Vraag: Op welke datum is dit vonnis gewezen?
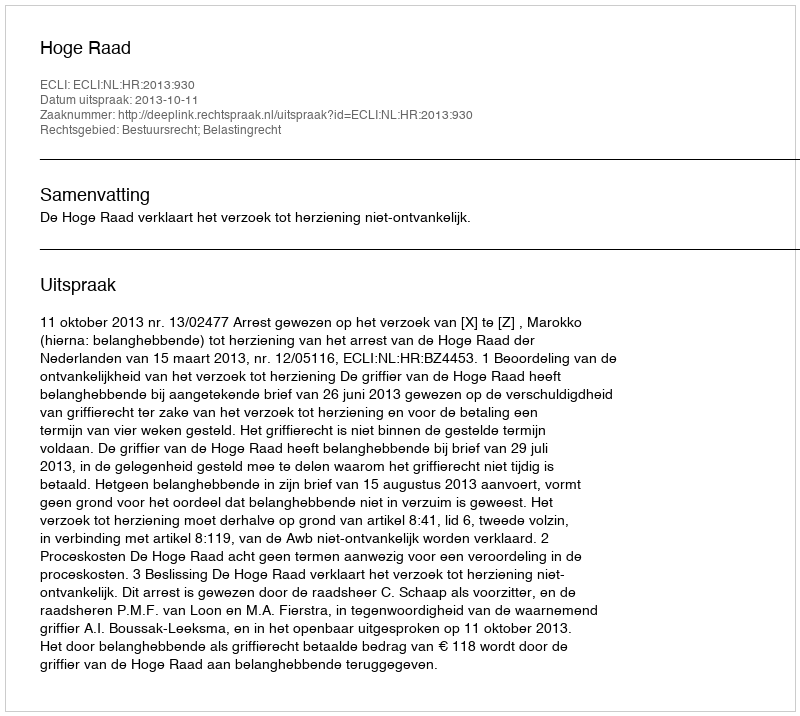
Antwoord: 2013-10-11